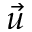
\Vec { u }